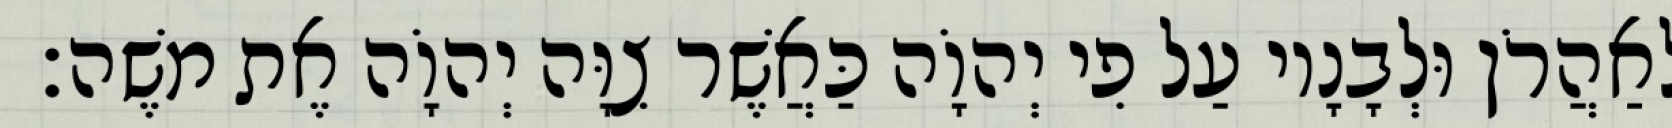
לְאַהֲרֹן וּלְבָנָיו עַל פִי יְהוָֹה כַּאֲשֶׁר צִוָּה יְהוָֹה אֶת משֶׁה׃